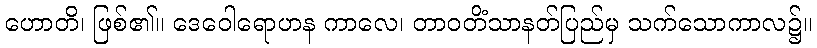
ဟောတိ၊ ဖြစ်၏။ ဒေဝေါရောဟန ကာလေ၊ တာဝတိံသာနတ်ပြည်မှ သက်သောကာလ၌။